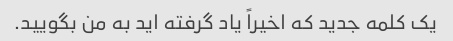
یک کلمه جدید که اخیراً یاد گرفته اید به من بگویید.